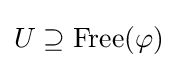
U\supseteq {\mbox{Free}}(\varphi )